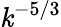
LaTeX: \mathit{k}^{-5/3}